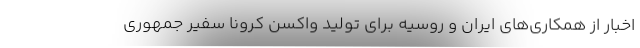
اخبار از همکاری‌های ایران و روسیه برای تولید واکسن کرونا سفیر جمهوری